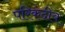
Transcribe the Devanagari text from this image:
परिकंदीय